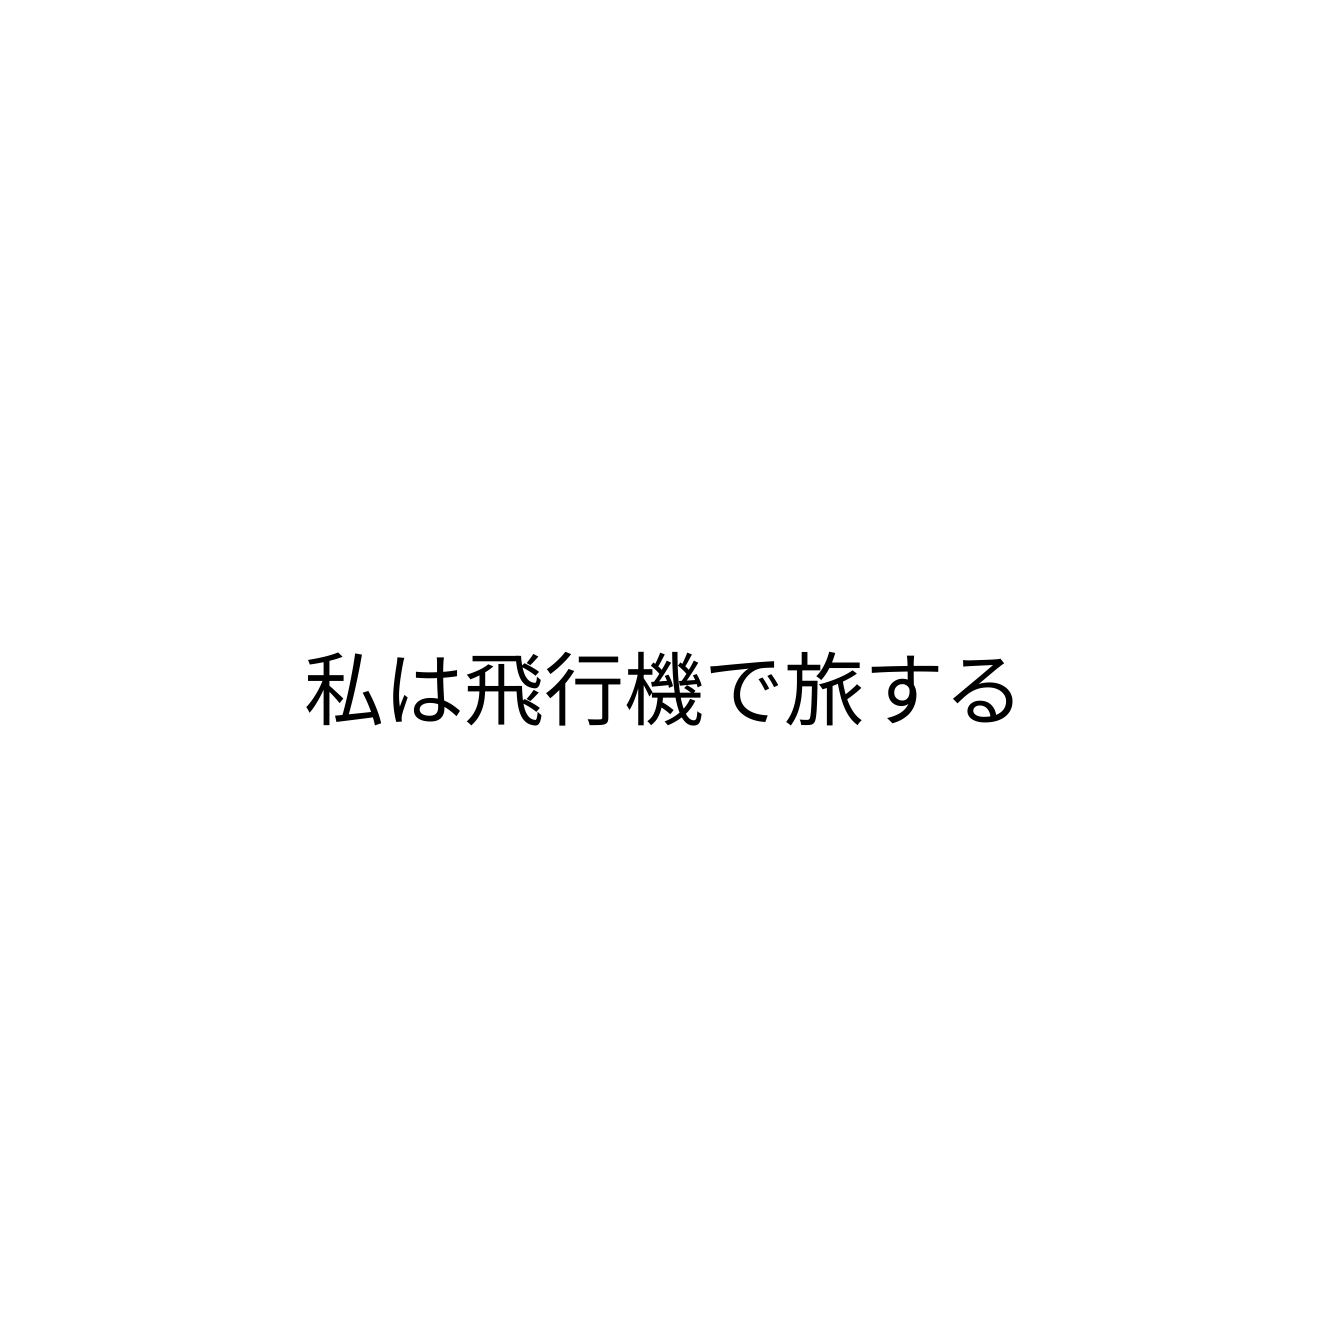
私は飛行機で旅する